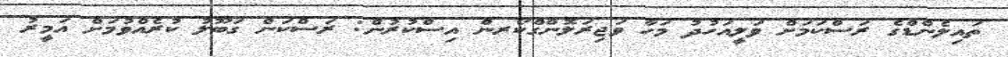
ތައިލެންޑްގެ ރަސްކަމަށް ވަލީއަހުދު މަހާ ވަޖިރަލޮންގްކޯރން އިސްކުރުން: ރަސްކަން ގަބޫލު ކުރެއްވުމަށް އަމީރު